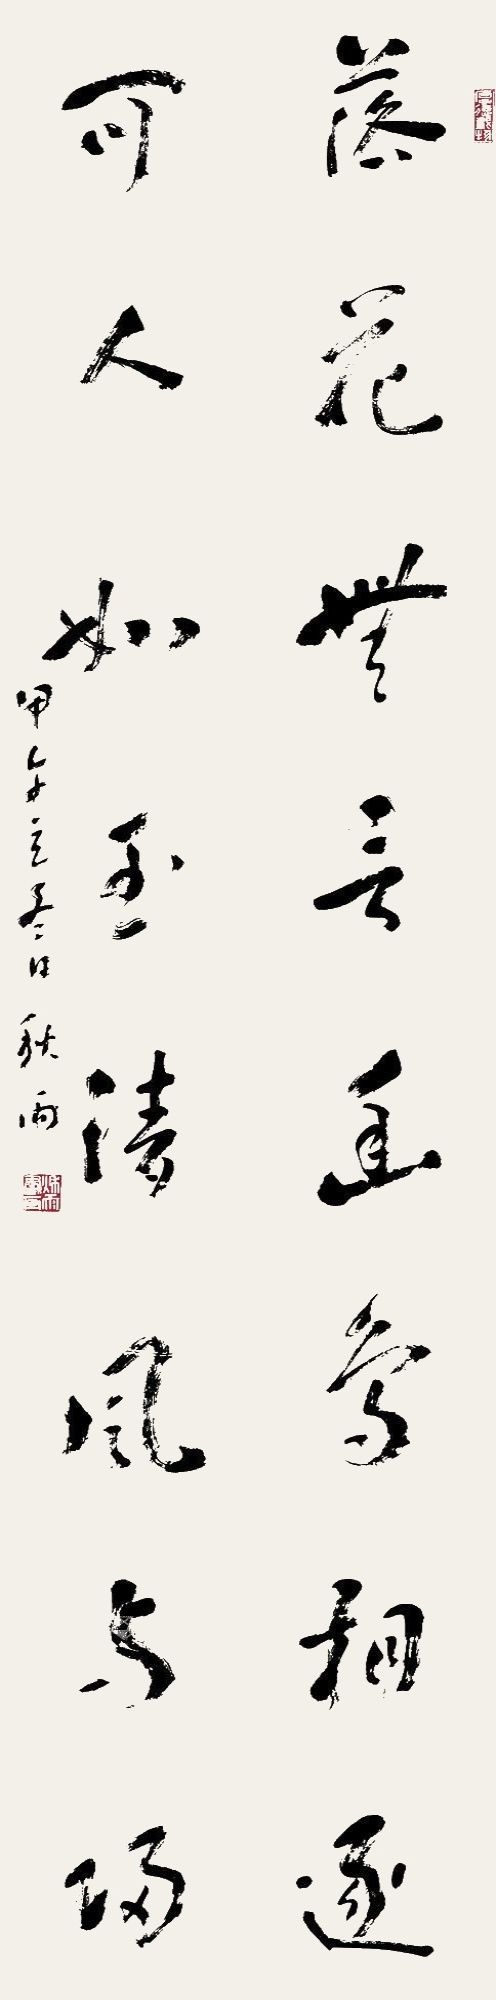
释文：落花无言幽鸟相逐，可人如玉清风与归。甲午立冬日，秋雨。